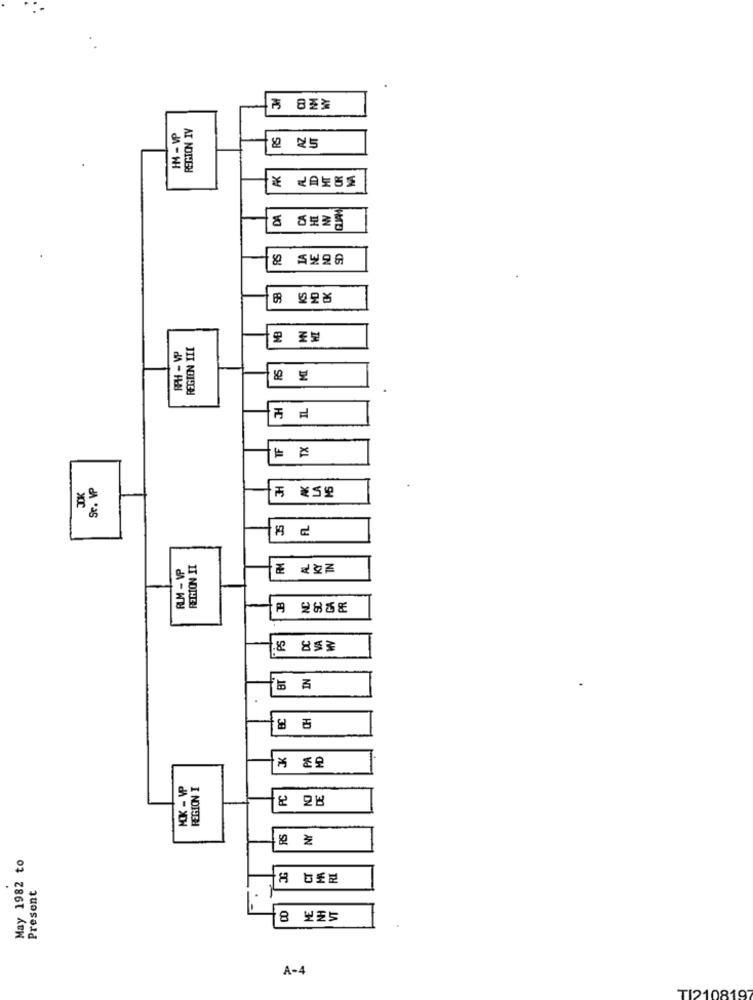
REGION IV
IN - WP
2 25
DA
동 담보로흡
RS
KS
MB
HT
RPH - VP
REGION III
모 조보
RS
№ 보
IL
TF
TX
Sc. VP
IK
FL
RLM - VP
REGION IT
B
PS
BT
IN
CH
K
REGION I
FC
NY
May 1982 to
.
Present
8 보포'
A-4
TI210819